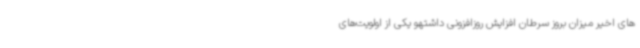
های اخیر میزان بروز سرطان افزایش روزافزونی داشتهو یکی از اولویت‌های